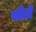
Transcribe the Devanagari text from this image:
सीले